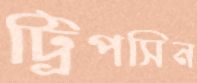
ট্রিপসিন